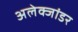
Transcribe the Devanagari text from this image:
अलेक्जांडर